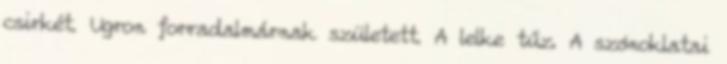
csirkét. Ugron forradalmárnak született. A lelke tűz. A szónoklatai